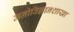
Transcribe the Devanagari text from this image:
मनोविज्ञानशाखा